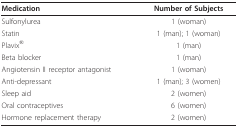
<table><thead><tr><td><b>Medication</b></td><td><b>Number of Subjects</b></td></tr></thead><tbody><tr><td>Sulfonylurea</td><td>1 (woman)</td></tr><tr><td>Statin</td><td>1 (man); 1 (woman)</td></tr><tr><td>Plavix<sup>®</sup></td><td>1 (man)</td></tr><tr><td>Beta blocker</td><td>1 (man)</td></tr><tr><td>Angiotensin II receptor antagonist</td><td>1 (woman)</td></tr><tr><td>Anti-depressant</td><td>1 (man); 3 (women)</td></tr><tr><td>Sleep aid</td><td>2 (women)</td></tr><tr><td>Oral contraceptives</td><td>6 (women)</td></tr><tr><td>Hormone replacement therapy</td><td>2 (women)</td></tr></tbody></table>